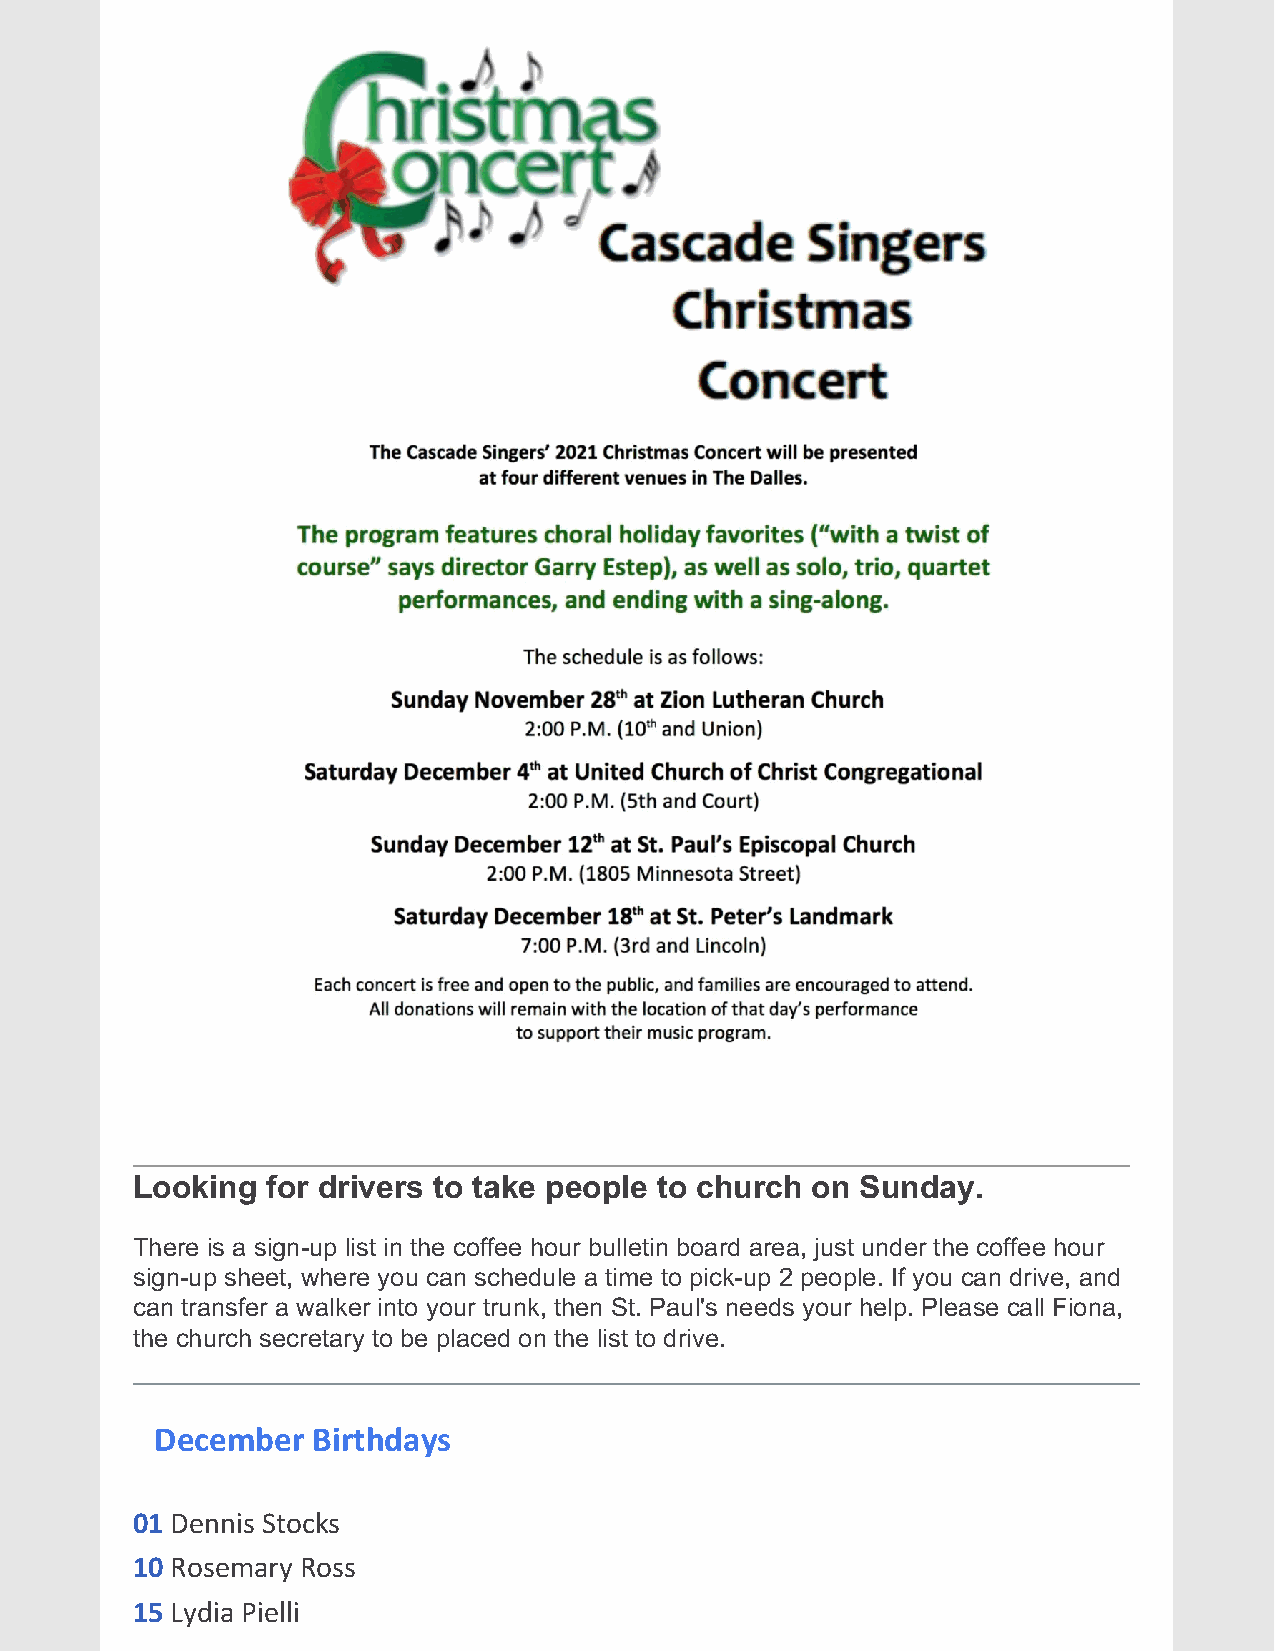
________________________________________________________________________________
 Looking  for drivers to take people to church on Sunday.
 There is a sign-up list in the coffee hour bulletin board area, just under the coffee hour
 sign-up sheet, where you can schedule a time to pick-up 2 people. If you can drive, and
 can transfer a walker into your trunk, then St. Paul's needs your help. Please call Fiona,
 the church secretary to be placed on the list to drive.
 December   Birthdays
 01 Dennis Stocks
 10 Rosemary Ross
 15 Lydia Pielli